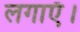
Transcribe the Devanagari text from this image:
लगाऍ।